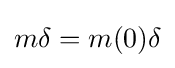
m\delta =m(0)\delta